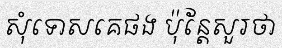
សុំទោសគេផង ប៉ុន្តែសួរថា